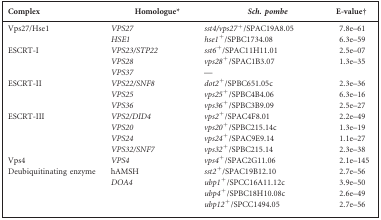
<table><thead><tr><td><b>Complex</b></td><td><b>Homologue*</b></td><td><b><i>Sch. pombe</i></b></td><td><b>E-value†</b></td></tr></thead><tbody><tr><td>Vps27/Hse1</td><td><i>VPS27</i></td><td><i>sst4/vps27<sup>+</sup></i>/SPAC19A8.05</td><td>7.8e–61</td></tr><tr><td></td><td><i>HSE1</i></td><td><i>hse1<sup>+</sup></i>/SPBC1734.08</td><td>6.3e–59</td></tr><tr><td>ESCRT-I</td><td><i>VPS23/STP22</i></td><td><i>sst6<sup>+</sup></i>/SPAC11H11.01</td><td>2.5e–07</td></tr><tr><td></td><td><i>VPS28</i></td><td><i>vps28<sup>+</sup></i>/SPAC1B3.07</td><td>1.3e–35</td></tr><tr><td></td><td><i>VPS37</i></td><td>---</td><td></td></tr><tr><td>ESCRT-II</td><td><i>VPS22/SNF8</i></td><td><i>dot2<sup>+</sup></i>/SPBC651.05c</td><td>2.3e–36</td></tr><tr><td></td><td><i>VPS25</i></td><td><i>vps25<sup>+</sup></i>/SPBC4B4.06</td><td>6.3e–16</td></tr><tr><td></td><td><i>VPS36</i></td><td><i>vps36<sup>+</sup></i>/SPBC3B9.09</td><td>2.5e–27</td></tr><tr><td>ESCRT-III</td><td><i>VPS2/DID4</i></td><td><i>vps2<sup>+</sup></i>/SPAC4F8.01</td><td>2.2e–49</td></tr><tr><td></td><td><i>VPS20</i></td><td><i>vps20<sup>+</sup></i>/SPBC215.14c</td><td>1.3e–19</td></tr><tr><td></td><td><i>VPS24</i></td><td><i>vps24<sup>+</sup></i>/SPAC9E9.14</td><td>1.1e–27</td></tr><tr><td></td><td><i>VPS32/SNF7</i></td><td><i>vps32<sup>+</sup></i>/SPBC215.14</td><td>2.3e–38</td></tr><tr><td>Vps4</td><td><i>VPS4</i></td><td><i>vps4<sup>+</sup></i>/SPAC2G11.06</td><td>2.1e–145</td></tr><tr><td>Deubiquitinating enzyme</td><td>hAMSH</td><td><i>sst2<sup>+</sup></i>/SPAC19B12.10</td><td>2.7e–56</td></tr><tr><td></td><td><i>DOA4</i></td><td><i>ubp1<sup>+</sup></i>/SPCC16A11.12c</td><td>3.9e–50</td></tr><tr><td></td><td></td><td><i>ubp4<sup>+</sup></i>/SPBC18H10.08c</td><td>2.6e–49</td></tr><tr><td></td><td></td><td><i>ubp12<sup>+</sup></i>/SPCC1494.05</td><td>2.7e–56</td></tr></tbody></table>